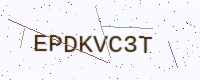
Text: EPDKVC3T